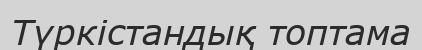
Түркістандық топтама